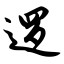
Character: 逻